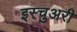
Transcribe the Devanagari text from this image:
इस्चुअरी